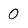
Character: 0